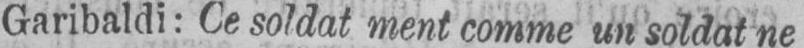
Garibaldi: Ce soldat ment comme un soldat ne